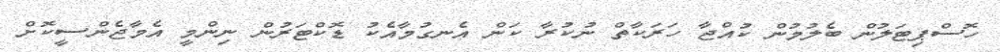
ހޮސްޕިޓަލުން ބެލުމުން ކުއްޖާ ހަރަކާތް ނުކުރާ ކަން އެނގުމާއެކު ޑޮކްޓަރުން ނިންމީ އެމާޖެންސީކޮށް